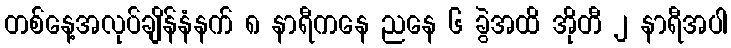
တစ်နေ့အလုပ်ချိန်နံနက် ၈ နာရီကနေ ညနေ ၆ ခွဲအထိ အိုတီ ၂ နာရီအပါ